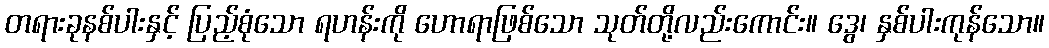
တရားခုနစ်ပါးနှင့် ပြည့်စုံသော ရဟန်းကို ဟောရာဖြစ်သော သုတ်တို့လည်းကောင်း။ ဒွေ၊ နှစ်ပါးကုန်သော။